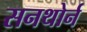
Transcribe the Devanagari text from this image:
सनथोर्न